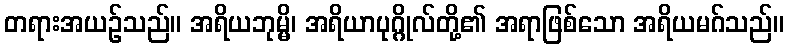
တရားအယဉ်သည်။ အရိယဘုမ္မိ၊ အရိယာပုဂ္ဂိုလ်တို့၏ အရာဖြစ်သော အရိယမဂ်သည်။